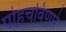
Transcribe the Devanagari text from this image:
पोहचविणारे